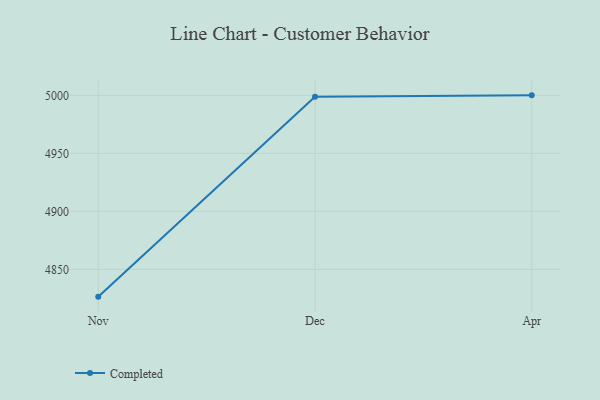
{"axis": {"x": "Month", "y": "Active Users"}, "legend": ["Completed"], "data": [{"x": "Nov", "y": 4826.5, "type": "Completed"}, {"x": "Dec", "y": 4998.8, "type": "Completed"}, {"x": "Apr", "y": 5000, "type": "Completed"}]}